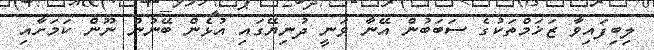
ލިބިފައިވާ ޒަޚަމްތަކުގެ ސަބަބުން އޭނާ ވަނީ ދުނިޔޭގައި އުޅެން ބޭނުން ނޫން ކަމަށާއި